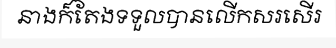
នាងក៏តែងទទួលបានលើកសរសើរ